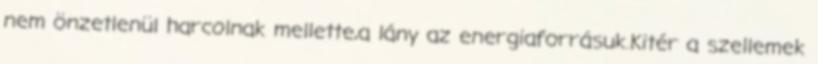
nem önzetlenül harcolnak mellette,a lány az energiaforrásuk.Kitér a szellemek